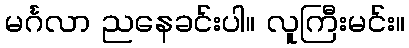
မင်္ဂလာ ညနေခင်းပါ။ လူကြီးမင်း။